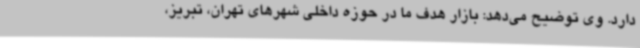
دارد. وی توضیح می‌دهد: بازار هدف ما در حوزه داخلی شهرهای تهران، تبریز،